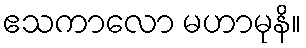
ဧသကာလော မဟာမုနိ။